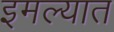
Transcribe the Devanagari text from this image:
इमल्यात